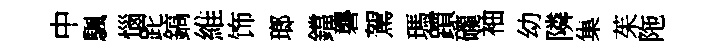
中颿惱跎鎬維饰瑯鐺礱駕瑪躓礲袖幼隣集茱陁